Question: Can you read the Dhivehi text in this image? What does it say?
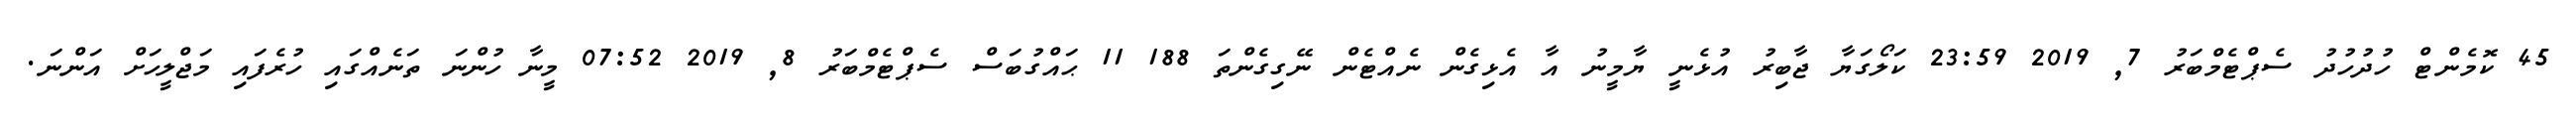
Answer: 45 ކޮމެންޓް ހުދުހުދު ސެޕްޓެމްބަރު 7, 2019 23:59 ކަލޯގަޔާ ޖާބިރު އުޅެނީ ޔާމީނު އާ އެޅިގެން ނެއްޓެން ނޭގިގެންތަ 188 11 ޙައްގުބަސް ސެޕްޓެމްބަރު 8, 2019 07:52 މީނާ ހުންނަ ތަނެއްގައި ހުރެފައި މަޖްލީހަށް އަންނަ.